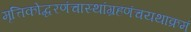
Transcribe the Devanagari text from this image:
मृत्तिकोद्धरणंचास्थांग्रहणंचयथाक्रमं